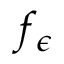
f _ { \epsilon }